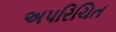
અપરિચિત